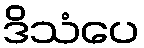
ဒိသံပေ